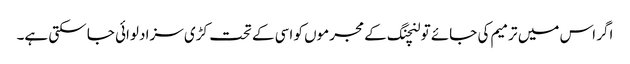
اگر اس میں ترمیم کی جائے تو لنچنگ کے مجرموں کو اسی کے تحت کڑی سزا دلوائی جا سکتی ہے۔